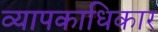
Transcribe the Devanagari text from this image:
व्यापकाधिकार